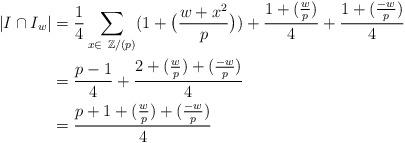
LaTeX: \begin{align*}|I\cap I_w| &= \frac{1}{4}\sum_{x\in\ \mathbb{Z}/(p)}(1+\big(\frac{w+x^2}{p}\big))+\frac{1+(\frac{w}{p})}{4}+\frac{1+(\frac{-w}{p})}{4}\\&=\frac{p-1}{4}+\frac{2+(\frac{w}{p})+(\frac{-w}{p})}{4}\\&=\frac{p+1+(\frac{w}{p})+(\frac{-w}{p})}{4}\end{align*}